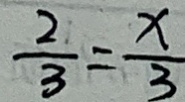
\frac { 2 } { 3 } = \frac { x } { 3 }